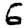
Digit: 6